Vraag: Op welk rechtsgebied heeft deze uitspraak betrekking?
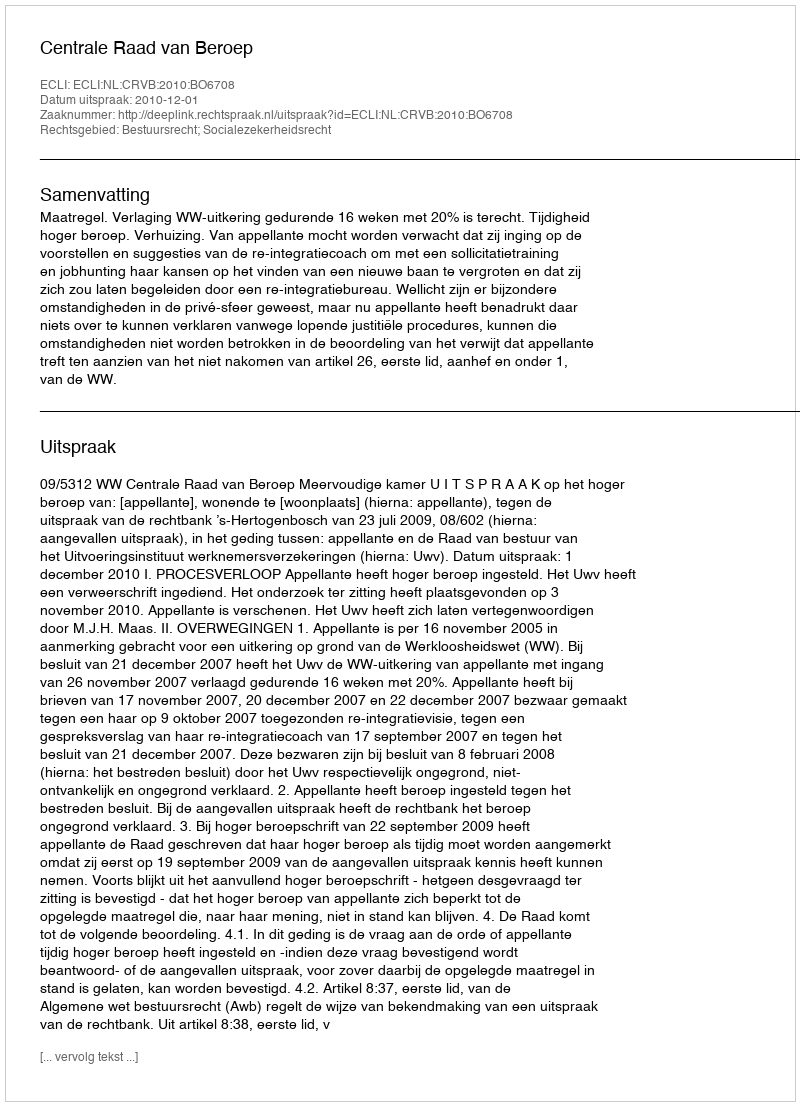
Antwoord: Bestuursrecht; Socialezekerheidsrecht